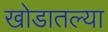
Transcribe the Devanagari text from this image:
खोडातल्या